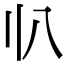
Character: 𠔂